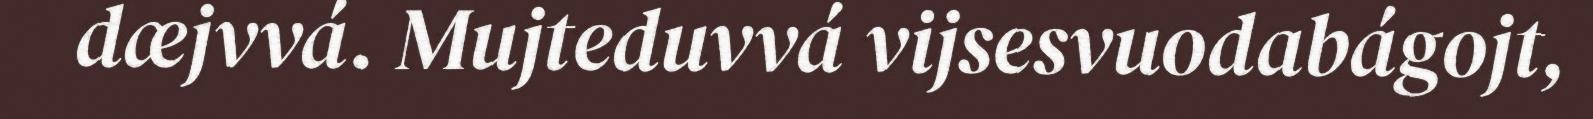
dæjvvá. Mujteduvvá vijsesvuodabágojt,